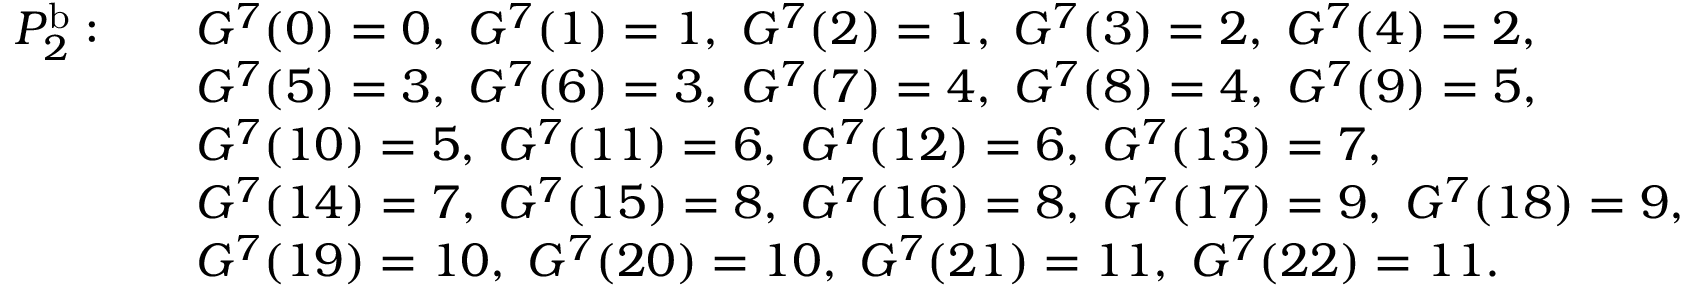
\begin{array} { r l } { P _ { 2 } ^ { \mathrm { b } } : \quad } & { G ^ { 7 } ( 0 ) = 0 , \; G ^ { 7 } ( 1 ) = 1 , \; G ^ { 7 } ( 2 ) = 1 , \; G ^ { 7 } ( 3 ) = 2 , \; G ^ { 7 } ( 4 ) = 2 , } \\ & { G ^ { 7 } ( 5 ) = 3 , \; G ^ { 7 } ( 6 ) = 3 , \; G ^ { 7 } ( 7 ) = 4 , \; G ^ { 7 } ( 8 ) = 4 , \; G ^ { 7 } ( 9 ) = 5 , } \\ & { G ^ { 7 } ( 1 0 ) = 5 , \; G ^ { 7 } ( 1 1 ) = 6 , \; G ^ { 7 } ( 1 2 ) = 6 , \; G ^ { 7 } ( 1 3 ) = 7 , } \\ & { G ^ { 7 } ( 1 4 ) = 7 , \; G ^ { 7 } ( 1 5 ) = 8 , \; G ^ { 7 } ( 1 6 ) = 8 , \; G ^ { 7 } ( 1 7 ) = 9 , \; G ^ { 7 } ( 1 8 ) = 9 , } \\ & { G ^ { 7 } ( 1 9 ) = 1 0 , \; G ^ { 7 } ( 2 0 ) = 1 0 , \; G ^ { 7 } ( 2 1 ) = 1 1 , \; G ^ { 7 } ( 2 2 ) = 1 1 . \; } \end{array}